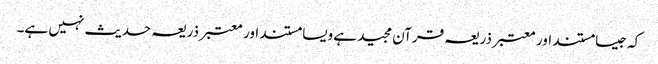
کہ جیسا مستند اور معتبر ذریعہ قرآن مجید ہے ویسا مستند اور معتبر ذریعہ حدیث نہیں ہے۔